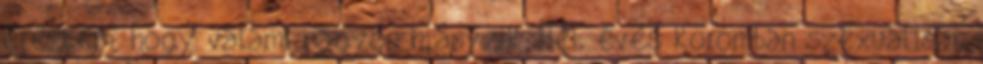
éreztem, hogy valami nagyon hiányzik. Hét éves koromban szexuálisan